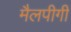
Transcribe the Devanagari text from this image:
मैलपीगी